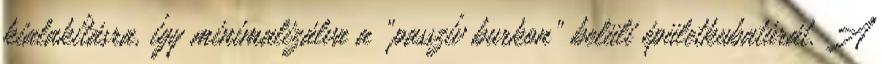
kialakításra, így minimalizálva a „passzív burkon” belüli épületkubatúrát. A